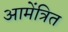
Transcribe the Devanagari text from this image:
आमेंत्रित